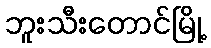
ဘူးသီးတောင်မြို့